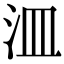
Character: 㳑